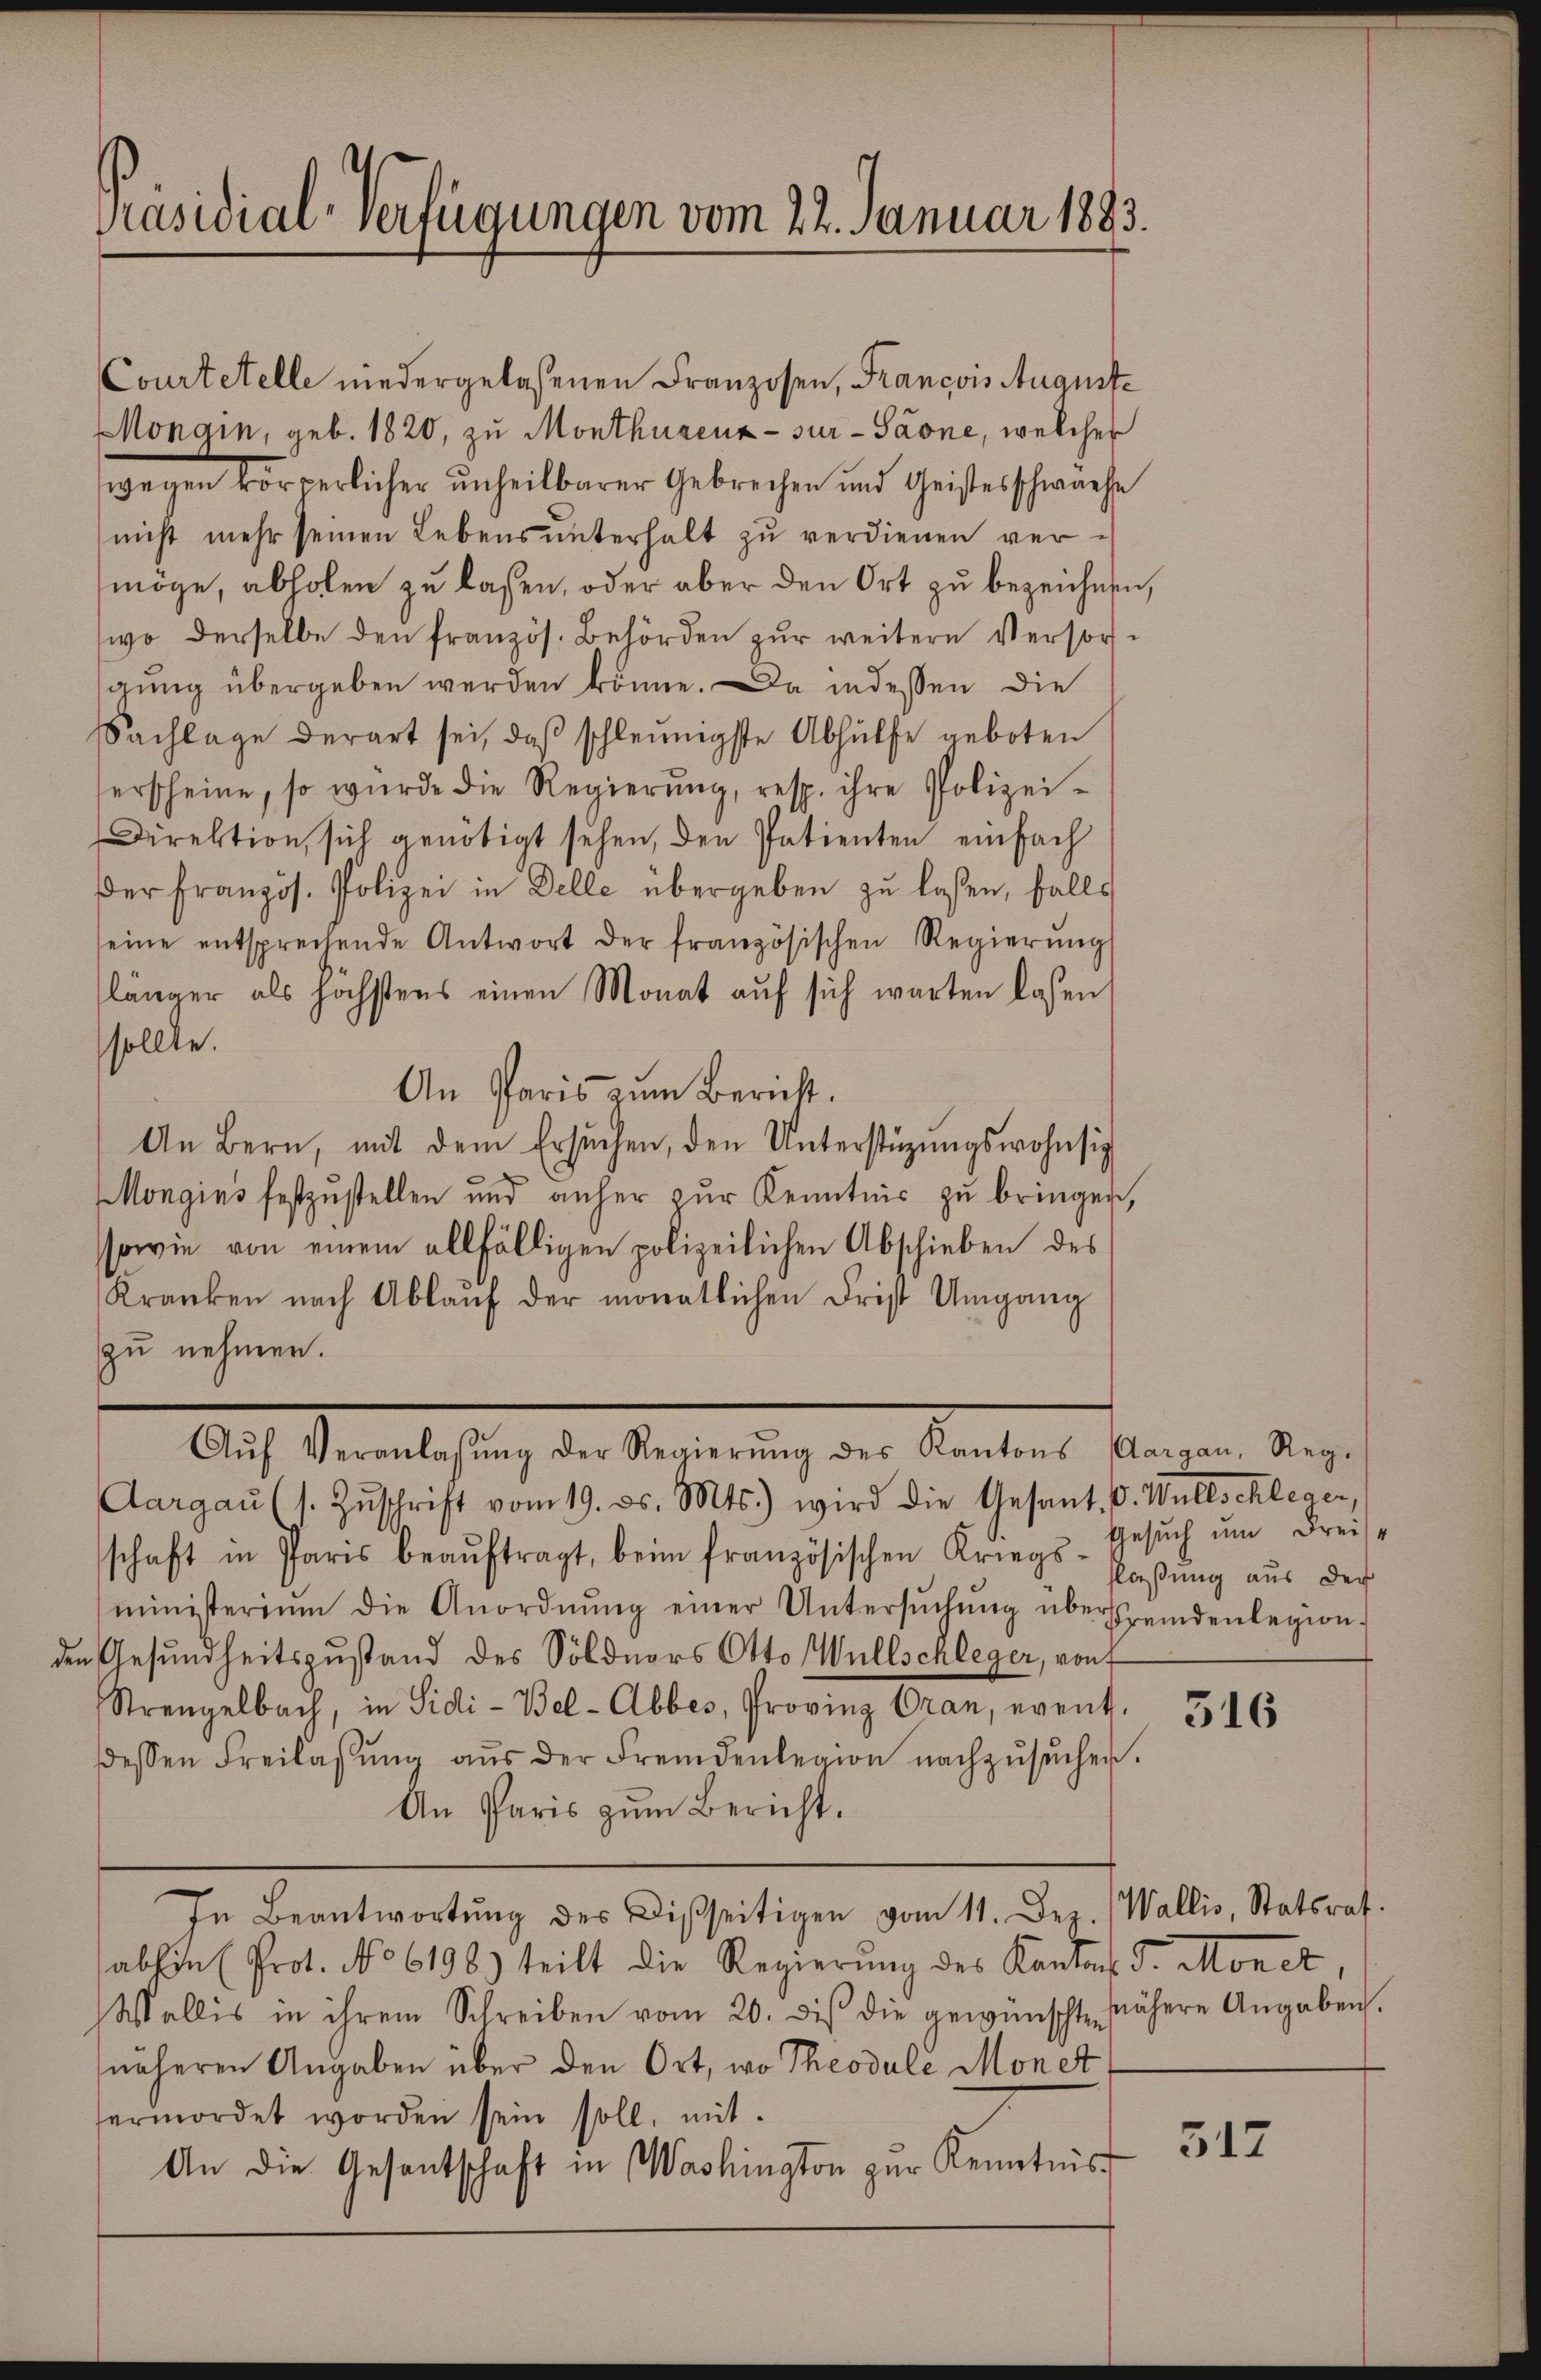
Präsidial-Verfügungen vom 22. Januar 1883.

Courtetelle niedergelassenen Franzosen, Francois August¬
Mongin, geb. 1820, zu Monthurenz- sur - Saone, welcher
wegen körperlicher unheilbarer Gebrechen und Geistes schwache
nicht mehr seinen Lebens unterhalt zu verdienen vermöge, abholen zu laßen, oder aber den Ort zu bezeichnen,
wo derselbe den französ. Behörden zur weitere Versorgung übergeben werden könne. Da indessen die
Sachlage derart sei, daß schleunigste Abhülfe geboten
erscheine, so würde die Regierŭng, resp. ihre Polizei-
Direktion, sich genötigt sehen, den Patienten einfach
Der französ. Polizei in Delle übergeben zŭ lassen, falls
seine entsprechende Antwort der französischen Regierŭng
länger als höchstens einen Monat aŭf sich warten lassen
sollte.
An Paris zum Bericht.
An Bern, mit dem Ersŭchen, den Unterstützŭngswohnsi
Mongins festzustellen und anher zur Kenntnis zu bringen,
sowie von einem allfälligen polizeilichen Abschieben des
Kranken nach Ablaŭf der monatlichen Frist Umgang
zu nehmen.
Aŭf Veranlassŭng der Regierŭng des Kantons Aargau, Reg-
Aargaŭ (s. Zŭschrift vom 19. ds. Mts.) wird die Gesant. V. Willschleger,
schaft in Paris beaŭftragt, beim französischen Kriegs-Gesŭch ŭm Freis-
ministerium die Anordnŭng einer Untersŭchŭng überstreidenlegion
in Gesundheitszustand des Söldners Otto (Wüllschleger, von
Strengelbach, in Sidi-Bel-Abbes, Provinz Oran, event
dessen Freilassŭng aŭs der Fremdenlegion nachzŭsŭchen.
An Paris zum Bericht.
In Beantwortŭng des Disseitigen vom 11. Dez. Wallis, Statsrat.
abhin (Prot. No 6198.) teilt die Regierung des Kantons S. Monet,
Wallis in ihrem Schreiben vom 20. diβ die gewünschte nähere Angaben.
näheren Angaben über den Ort, wo Theodule Monet
ermordet worden sein soll, mit
An die Gesantschaft in Washington zur Kenntnis

flaßung aus der

516

517